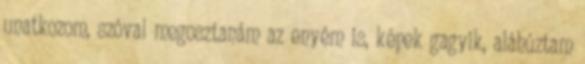
unatkozom, szóval megosztanám az enyém is, képek gagyik, aláhúztam